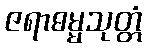
ဇရာဓမ္မသုတ္တံ